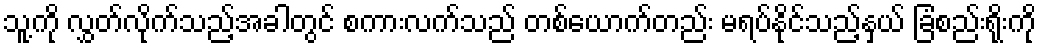
သူ့ကို လွှတ်လိုက်သည့်အခါတွင် စကားလက်သည် တစ်ယောက်တည်း မရပ်နိုင်သည့်နှယ် ခြံစည်းရိုးကို